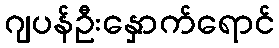
ဂျပန်ဦးနှောက်ရောင်